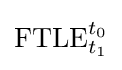
\mathrm {FTLE} _{t_{1}}^{t_{0}}